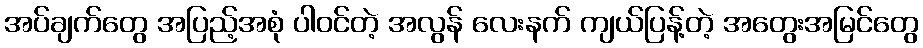
အပ်ချက်တွေ အပြည့်အစုံ ပါဝင်တဲ့ အလွန် လေးနက် ကျယ်ပြန့်တဲ့ အတွေးအမြင်တွေ